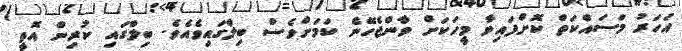
އަހަރު މަސައްކަތް ކޮށްފައިވާ މީހަކަށް ވާންޖެހޭނެ ކަމަށްވެސް ބިލްގައިވެއެވެ. ބިލްގައި ކުރިން އޮތީ